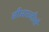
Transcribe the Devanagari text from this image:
सीआरजीओ